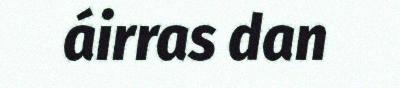
áirras dan